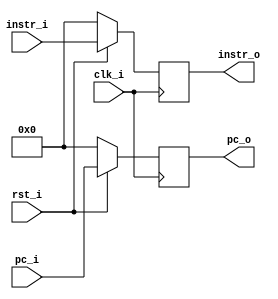
/***************************************************
Student Name: 
Student ID: 
***************************************************/

`timescale 1ns/1ps

module IF_ID_reg(
	input          clk_i,
    	input          rst_i,
		

        input  		[32-1:0] pc_i,
        input		[32-1:0] instr_i,


	output reg [32-1:0] pc_o,
	output reg [32-1:0] instr_o
);

always@(posedge clk_i) begin
	if(~rst_i) 
		begin
			pc_o <= 32'd0;
	        	instr_o <= 32'd0;
	
		end
    	else 
		begin
			pc_o <= pc_i;
	        	instr_o <= instr_i;
		end
end

endmodule